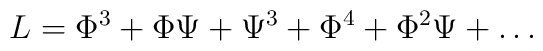
L=\Phi^3+\Phi\Psi + \Psi^3+\Phi^4+\Phi^2\Psi+\dots